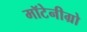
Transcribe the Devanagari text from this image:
मॉटेनीग्रो